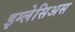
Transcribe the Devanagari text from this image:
इग्लेसिअस